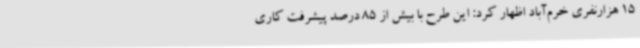
15 هزارنفری خرم‌آباد اظهار کرد: این طرح با بیش از 85 درصد پیشرفت کاری